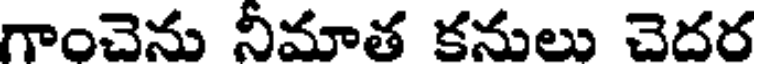
గాంచెను నీమాత కనులు చెదర